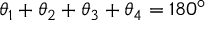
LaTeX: \theta _ { 1 } + \theta _ { 2 } + \theta _ { 3 } + \theta _ { 4 } = 1 8 0 ^ { \circ }